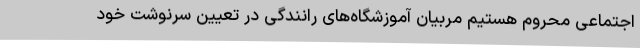
اجتماعی محروم هستیم مربیان آموزشگاه‌های رانندگی در تعیین سرنوشت خود